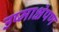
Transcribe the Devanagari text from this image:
उष्माक्षेपण